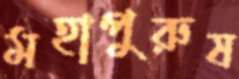
মহাপুরুষ